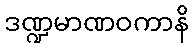
ဒဏ္ဍမာဏဝကာနိ